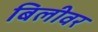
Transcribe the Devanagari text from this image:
बिलीवर